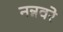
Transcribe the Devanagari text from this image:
नन्नवरे